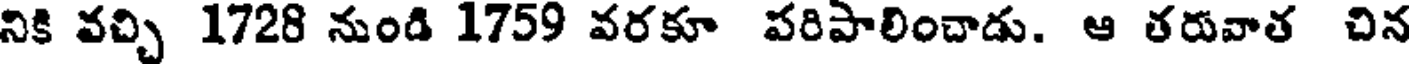
నికి వచ్చి 1728 నుండి 1759 వరకూ పరిపాలించాడు. ఆ తరువాత చిన